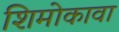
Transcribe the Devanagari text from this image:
शिमोकावा